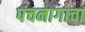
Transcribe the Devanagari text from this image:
पंचनागाचा